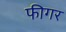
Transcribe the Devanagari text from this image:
फीगर